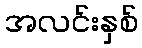
အလင်းနှစ်